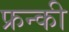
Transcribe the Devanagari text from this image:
फ्रन्की